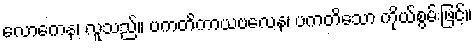
လောကေန၊ လူသည်။ ပကတိကာယဗလေန၊ ပကတိသော ကိုယ်စွမ်းဖြင့်။